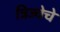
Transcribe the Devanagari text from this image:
त्रिज्येचे